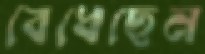
বেধেছেন